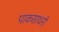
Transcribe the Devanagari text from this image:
पाकसाधनी